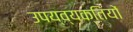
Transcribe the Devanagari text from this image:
उपय्व्यक्तियों